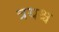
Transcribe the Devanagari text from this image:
त्रयश्च